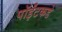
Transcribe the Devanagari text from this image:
पॉईंटकडे